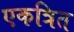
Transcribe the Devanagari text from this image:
एकत्रित